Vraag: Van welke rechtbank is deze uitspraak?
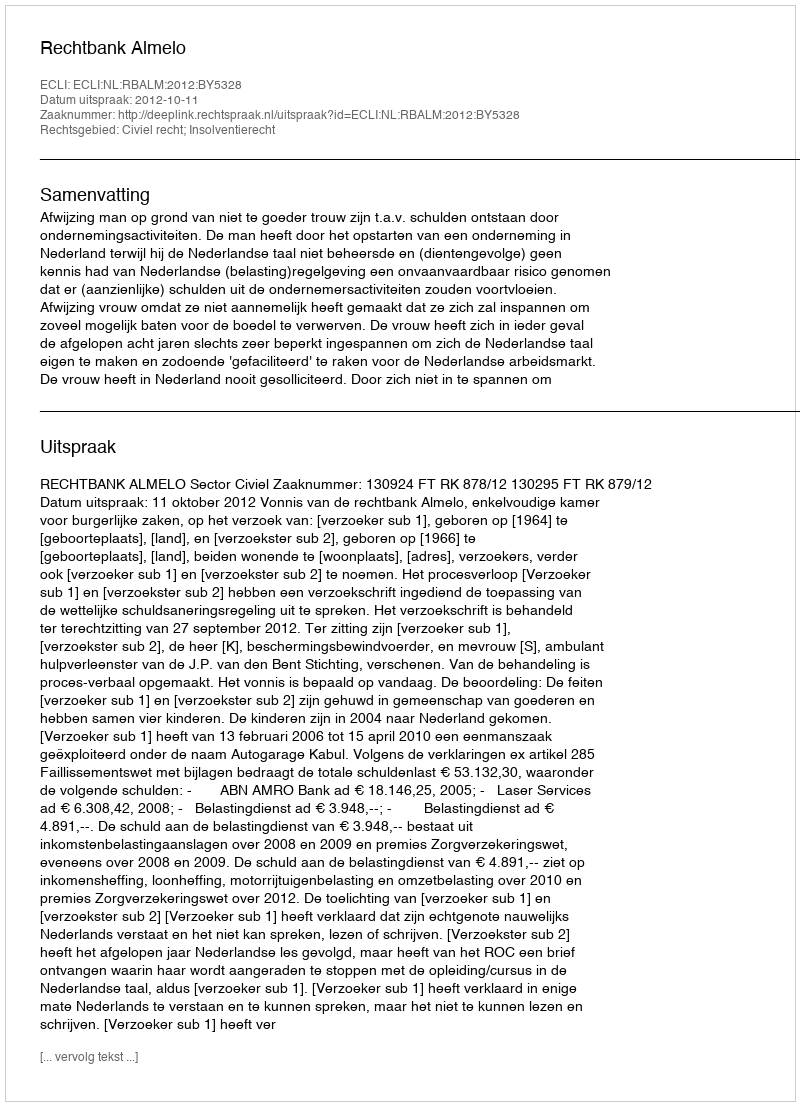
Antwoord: Rechtbank Almelo